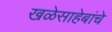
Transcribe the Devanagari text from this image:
खळेसाहेबांचे